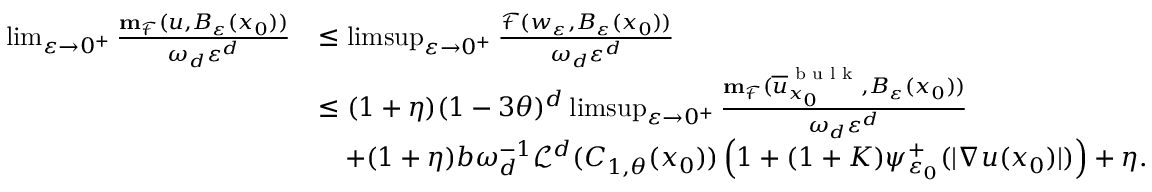
\begin{array} { r l } { \operatorname* { l i m } _ { \varepsilon \to 0 ^ { + } } \frac { \mathbf { m } _ { \mathcal { F } } ( u , B _ { \varepsilon } ( x _ { 0 } ) ) } { \omega _ { d } \varepsilon ^ { d } } } & { \leq \operatorname* { l i m s u p } _ { \varepsilon \to 0 ^ { + } } \frac { \mathcal { F } ( w _ { \varepsilon } , B _ { \varepsilon } ( x _ { 0 } ) ) } { \omega _ { d } \varepsilon ^ { d } } } \\ & { \leq ( 1 + \eta ) ( 1 - 3 \theta ) ^ { d } \operatorname* { l i m s u p } _ { \varepsilon \to 0 ^ { + } } \frac { \mathbf { m } _ { \mathcal { F } } ( \overline { { u } } _ { x _ { 0 } } ^ { \textnormal { b u l k } } , B _ { \varepsilon } ( x _ { 0 } ) ) } { \omega _ { d } \varepsilon ^ { d } } } \\ & { \ \ \ + ( 1 + \eta ) b \omega _ { d } ^ { - 1 } \mathcal { L } ^ { d } ( C _ { 1 , \theta } ( x _ { 0 } ) ) \left( 1 + ( 1 + K ) \psi _ { \varepsilon _ { 0 } } ^ { + } ( | \nabla u ( x _ { 0 } ) | ) \right) + \eta . } \end{array}